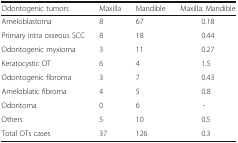
| Odontogenic tumors | Maxilla | Mandible | Maxilla: Mandible |
 | --- | --- | --- | --- |
 | Ameloblastoma | 8 | 67 | 0.18 |
 | Primary intra osseous SCC | 8 | 18 | 0.44 |
 | Odontogenic myxioma | 3 | 11 | 0.27 |
 | Keratocystic OT | 6 | 4 | 1.5 |
 | Odontogenic fibroma | 3 | 7 | 0.43 |
 | Ameloblatic fibroma | 4 | 5 | 0.8 |
 | Odontoma | 0 | 6 | - |
 | Others | 5 | 10 | 0.5 |
 | Total OTs cases | 37 | 126 | 0.3 |